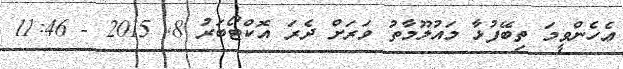
ޢެހެންވީމަ ތިބޭފުޅާ މައުލޫމާތު ވަރަށް ދެރަ އޮކްޓޯބަރު 8